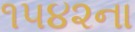
૧૫૪૨ના